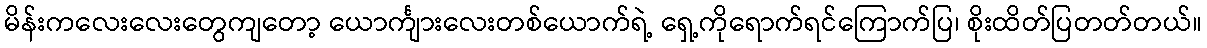
မိန်းကလေးလေးတွေကျတော့ ယောင်္ကျားလေးတစ်ယောက်ရဲ့ ရှေ့ကိုရောက်ရင်ကြောက်ပြ၊ စိုးထိတ်ပြတတ်တယ်။